Indian journal of veterinary science and animal husbandry - Volume 6,
Year: 1936
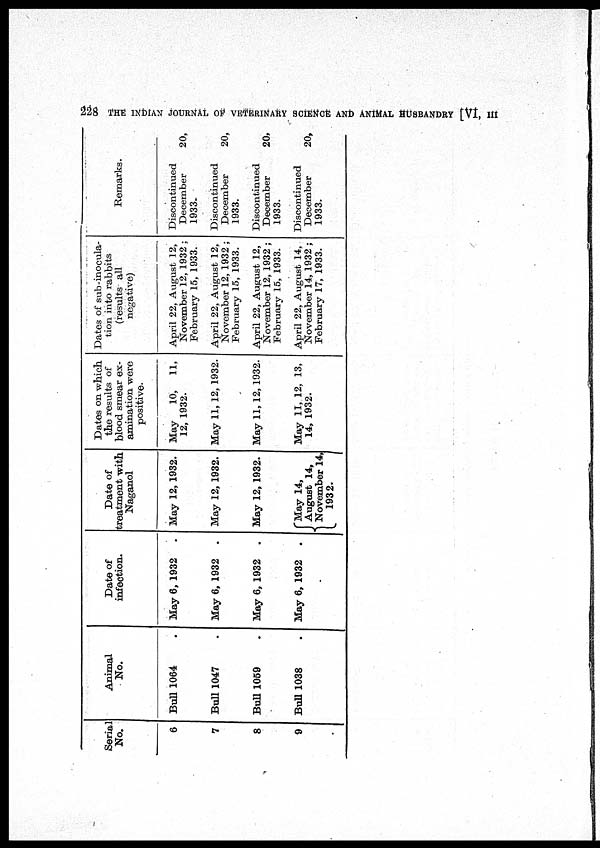
228 THE INDIAN JOURNAL OF VETERINARY SCIENCE AND ANIMAL HUSBANDRY [VI, III
Serial
No.
6
7
8
9
Animal
No.
Bull 1064 .
Bull 1047 .
Bull 1059 .
Bull 1038 .
Date of
infection.
May 6, 1932
.
May 6, 1932
.
May 6, 1932
.
May 6, 1932
.
Date of
treatment with
Naganol
May 12,1932.
May 12, 1932.
May 12, 1932.
May 14,
August 14,
November 14,
1932.
Dates on which
the results of
blood smear ex-
amination were
positive.
May
10, 11,
12, 1932.
May 11, 12, 1932.
May 11, 12, 1932.
May 11, 12, 13,
14, 1932.
Dates of sub-inocula-
tion into rabbits
(results all
negative)
April 22, August 12,
November 12, 1932 ;
February 15, 1933.
April 22, August 12,
November 12, 1932 ;
February 15, 1933.
April 22, August 12,
November 12, 1932 ;
February 15, 1933.
April 22, August 14,
November 14, 1932 ;
February 17, 1933.
Remarks.
Discontinued
December 20,
1933.
Discontinued
December 20,
1933.
Discontinued
December 20,
1933.
Discontinued
December 20,
1933.